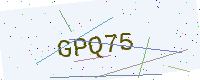
Text: GPQ75